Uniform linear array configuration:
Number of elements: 64
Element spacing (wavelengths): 0.5
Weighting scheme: uniform
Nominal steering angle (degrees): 30
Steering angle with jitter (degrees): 28.465
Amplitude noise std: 0.05
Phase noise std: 0.05

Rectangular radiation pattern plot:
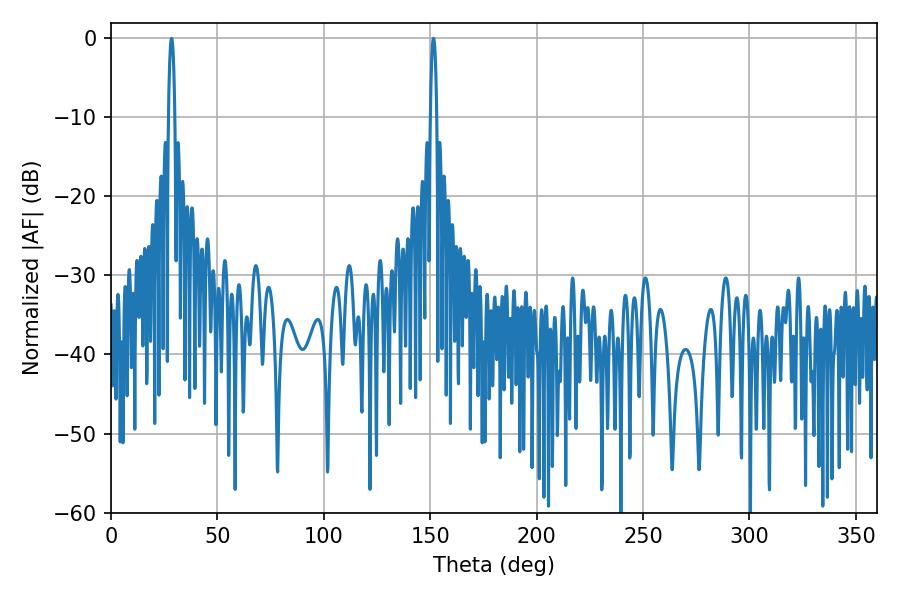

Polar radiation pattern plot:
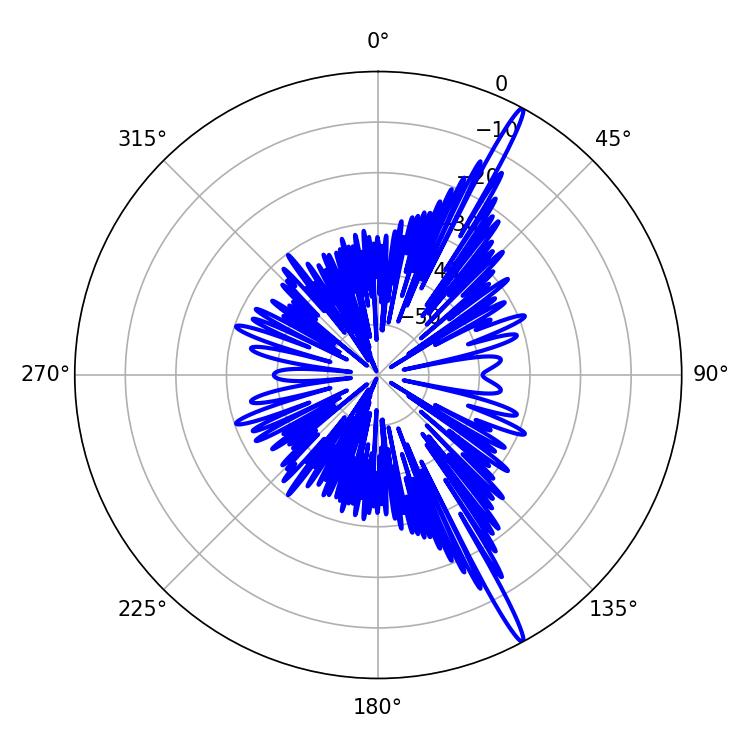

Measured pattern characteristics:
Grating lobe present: FALSE
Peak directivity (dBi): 17.723
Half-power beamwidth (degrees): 1.62
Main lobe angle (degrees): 28.44